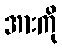
အားကို